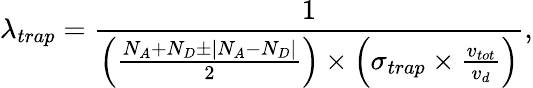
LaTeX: {\lambda_{trap}}=\frac{1}{\left(\frac{{N_{A}+N_{D}}\pm\mid{N_{A}-N_{D}}\mid}{2}\right)\times\left(\sigma_{trap}\times\frac{v_{tot}}{v_{d}}\right)},